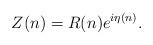
LaTeX: \begin{align*}Z(n) = R(n) e^{i\eta(n)}.\end{align*}